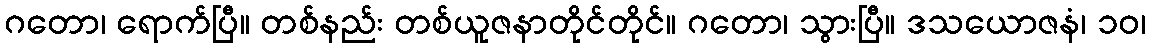
ဂတော၊ ရောက်ပြီ။ တစ်နည်း တစ်ယူဇနာတိုင်တိုင်။ ဂတော၊ သွားပြီ။ ဒသယောဇနံ၊ ၁၀၊